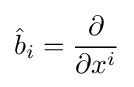
{\hat {b}}_{i}={\frac {\partial }{\partial x^{i}}}